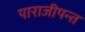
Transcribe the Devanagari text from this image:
पाराजीपन्त